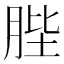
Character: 䏶